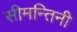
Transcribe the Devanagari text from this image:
सीमन्तिनी